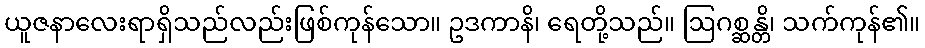
ယူဇနာလေးရာရှိသည်လည်းဖြစ်ကုန်သော။ ဥဒကာနိ၊ ရေတို့သည်။ ဩဂစ္ဆန္တိ၊ သက်ကုန်၏။